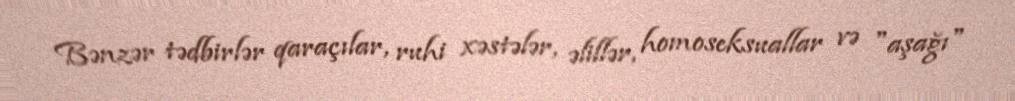
Bənzər tədbirlər qaraçılar, ruhi xəstələr, əlillər, homoseksuallar və "aşağı"